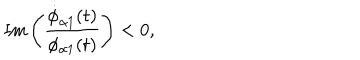
\mathrm { I m } \left( \frac { \dot { \phi } _ { \alpha 1 } ( t ) } { \phi _ { \alpha 1 } ( t ) } \right) < 0 ,